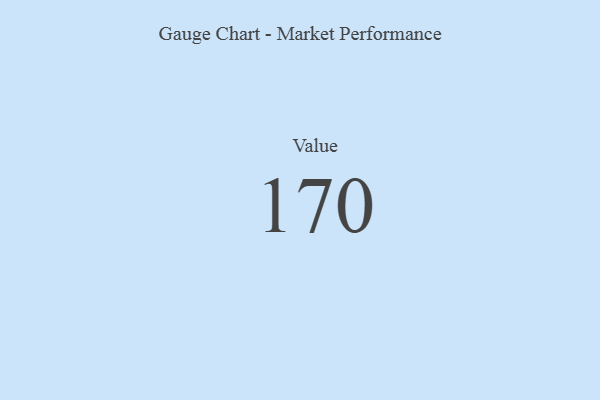
{"axis": {"x": "Metric", "y": "Value"}, "legend": [""], "data": [{"x": "Value", "y": 170, "type": ""}]}